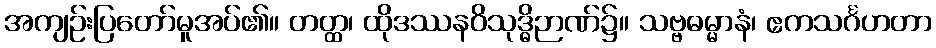
အကျဉ်းပြတော်မူအပ်၏။ တတ္ထ၊ ထိုဒဿနဝိသုဒ္ဓိဉာဏ်၌။ သဗ္ဗဓမ္မာနံ၊ ဧကသင်္ဂဟတာ